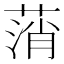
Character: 𦷟